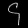
Digit: ၄